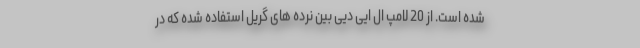
شده است. از 20 لامپ ال ایی دیی بین نرده های گریل استفاده شده که در